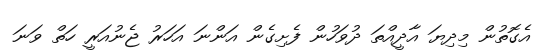
އެގޮތުން މިދިޔަ އާދީއްތަ ދުވަހުން ފެށިގެން އަންނަ އަހަރު ޖެނުއަރީ ހަތް ވަނަ